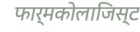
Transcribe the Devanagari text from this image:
फार्मकोलाजिस्ट